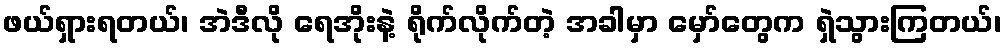
ဖယ်ရှားရတယ်၊ အဲဒီလို ရေအိုးနဲ့ ရိုက်လိုက်တဲ့ အခါမှာ မှော်တွေက ရှဲသွားကြတယ်၊